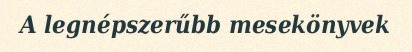
A legnépszerűbb mesekönyvek